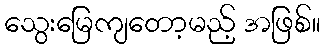
သွေးမြေကျတော့မည့် အဖြစ်။